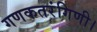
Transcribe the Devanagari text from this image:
गणकतरंगिणी।